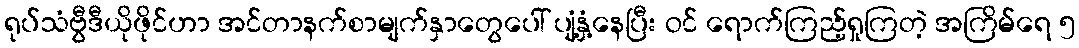
ရုပ်သံဗွီဒီယိုဖိုင်ဟာ အင်တာနက်စာမျက်နှာတွေပေါ် ပျံ့နှံ့နေပြီး ဝင် ရောက်ကြည့်ရှုကြတဲ့ အကြိမ်ရေ ၅